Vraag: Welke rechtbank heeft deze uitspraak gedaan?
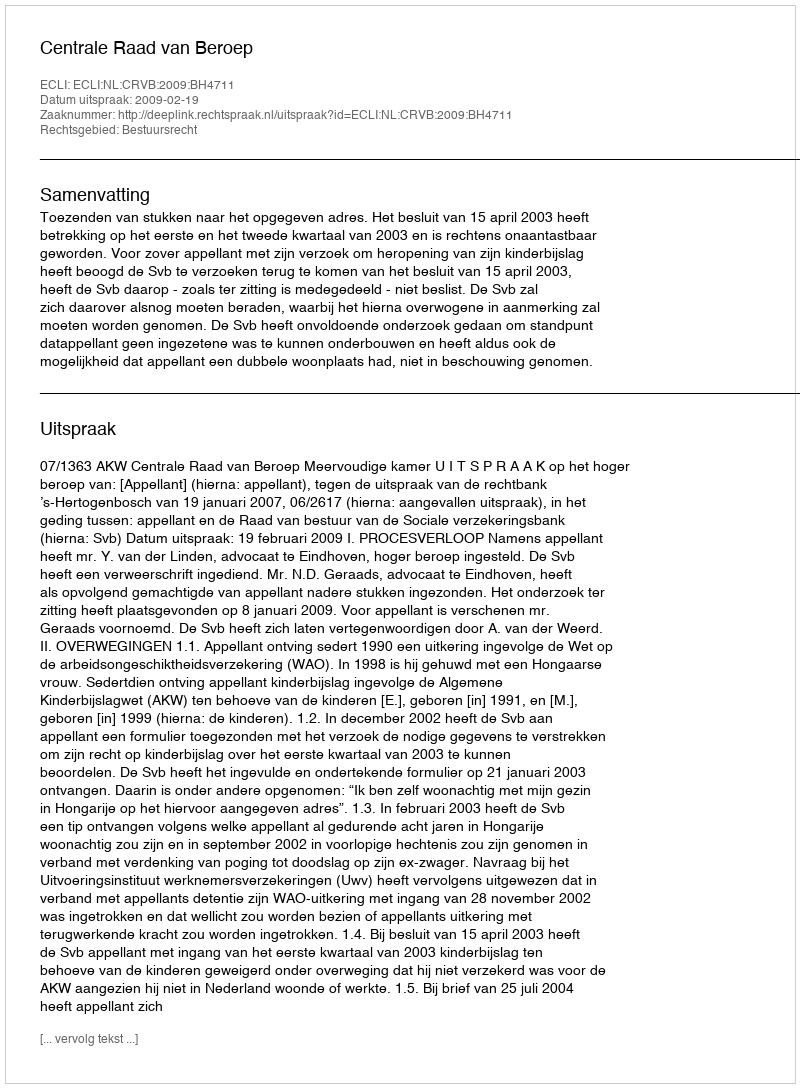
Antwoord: Centrale Raad van Beroep